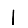
Digit: 1